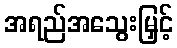
အရည်အသွေးမြှင့်